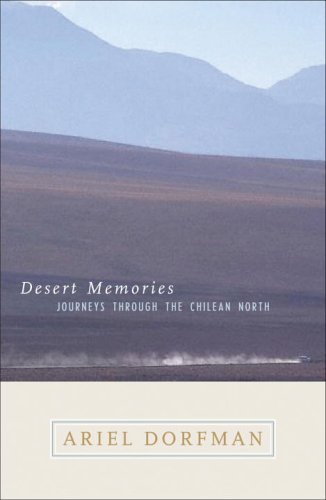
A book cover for Desert Memories: Journeys Through the Chilean North (Directions); Ariel Dorfman; Travel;